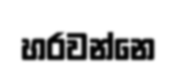
හරවන්නෙ